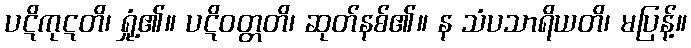
ပဋိကုဋတိ၊ ရှုံ့၏။ ပဋိဝတ္တတိ၊ ဆုတ်နစ်၏။ န သံပသာရိယတိ၊ မပြန့်။